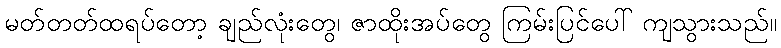
မတ်တတ်ထရပ်တော့ ချည်လုံးတွေ၊ ဇာထိုးအပ်တွေ ကြမ်းပြင်ပေါ် ကျသွားသည်။